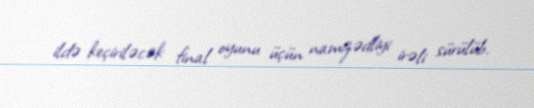
ildə keçiriləcək final oyunu üçün namizədliyi irəli sürülüb.